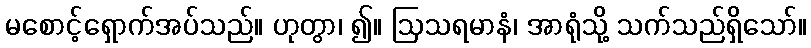
မစောင့်ရှောက်အပ်သည်။ ဟုတွာ၊ ၍။ ဩသရမာနံ၊ အာရုံသို့ သက်သည်ရှိသော်။